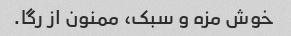
خوش مزه و سبک، ممنون از رگا.